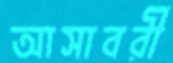
আসাবরী